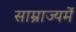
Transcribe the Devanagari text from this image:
साम्राज्यमें